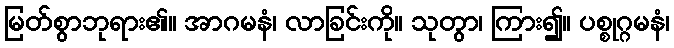
မြတ်စွာဘုရား၏။ အာဂမနံ၊ လာခြင်းကို။ သုတွာ၊ ကြား၍။ ပစ္စုဂ္ဂမနံ၊